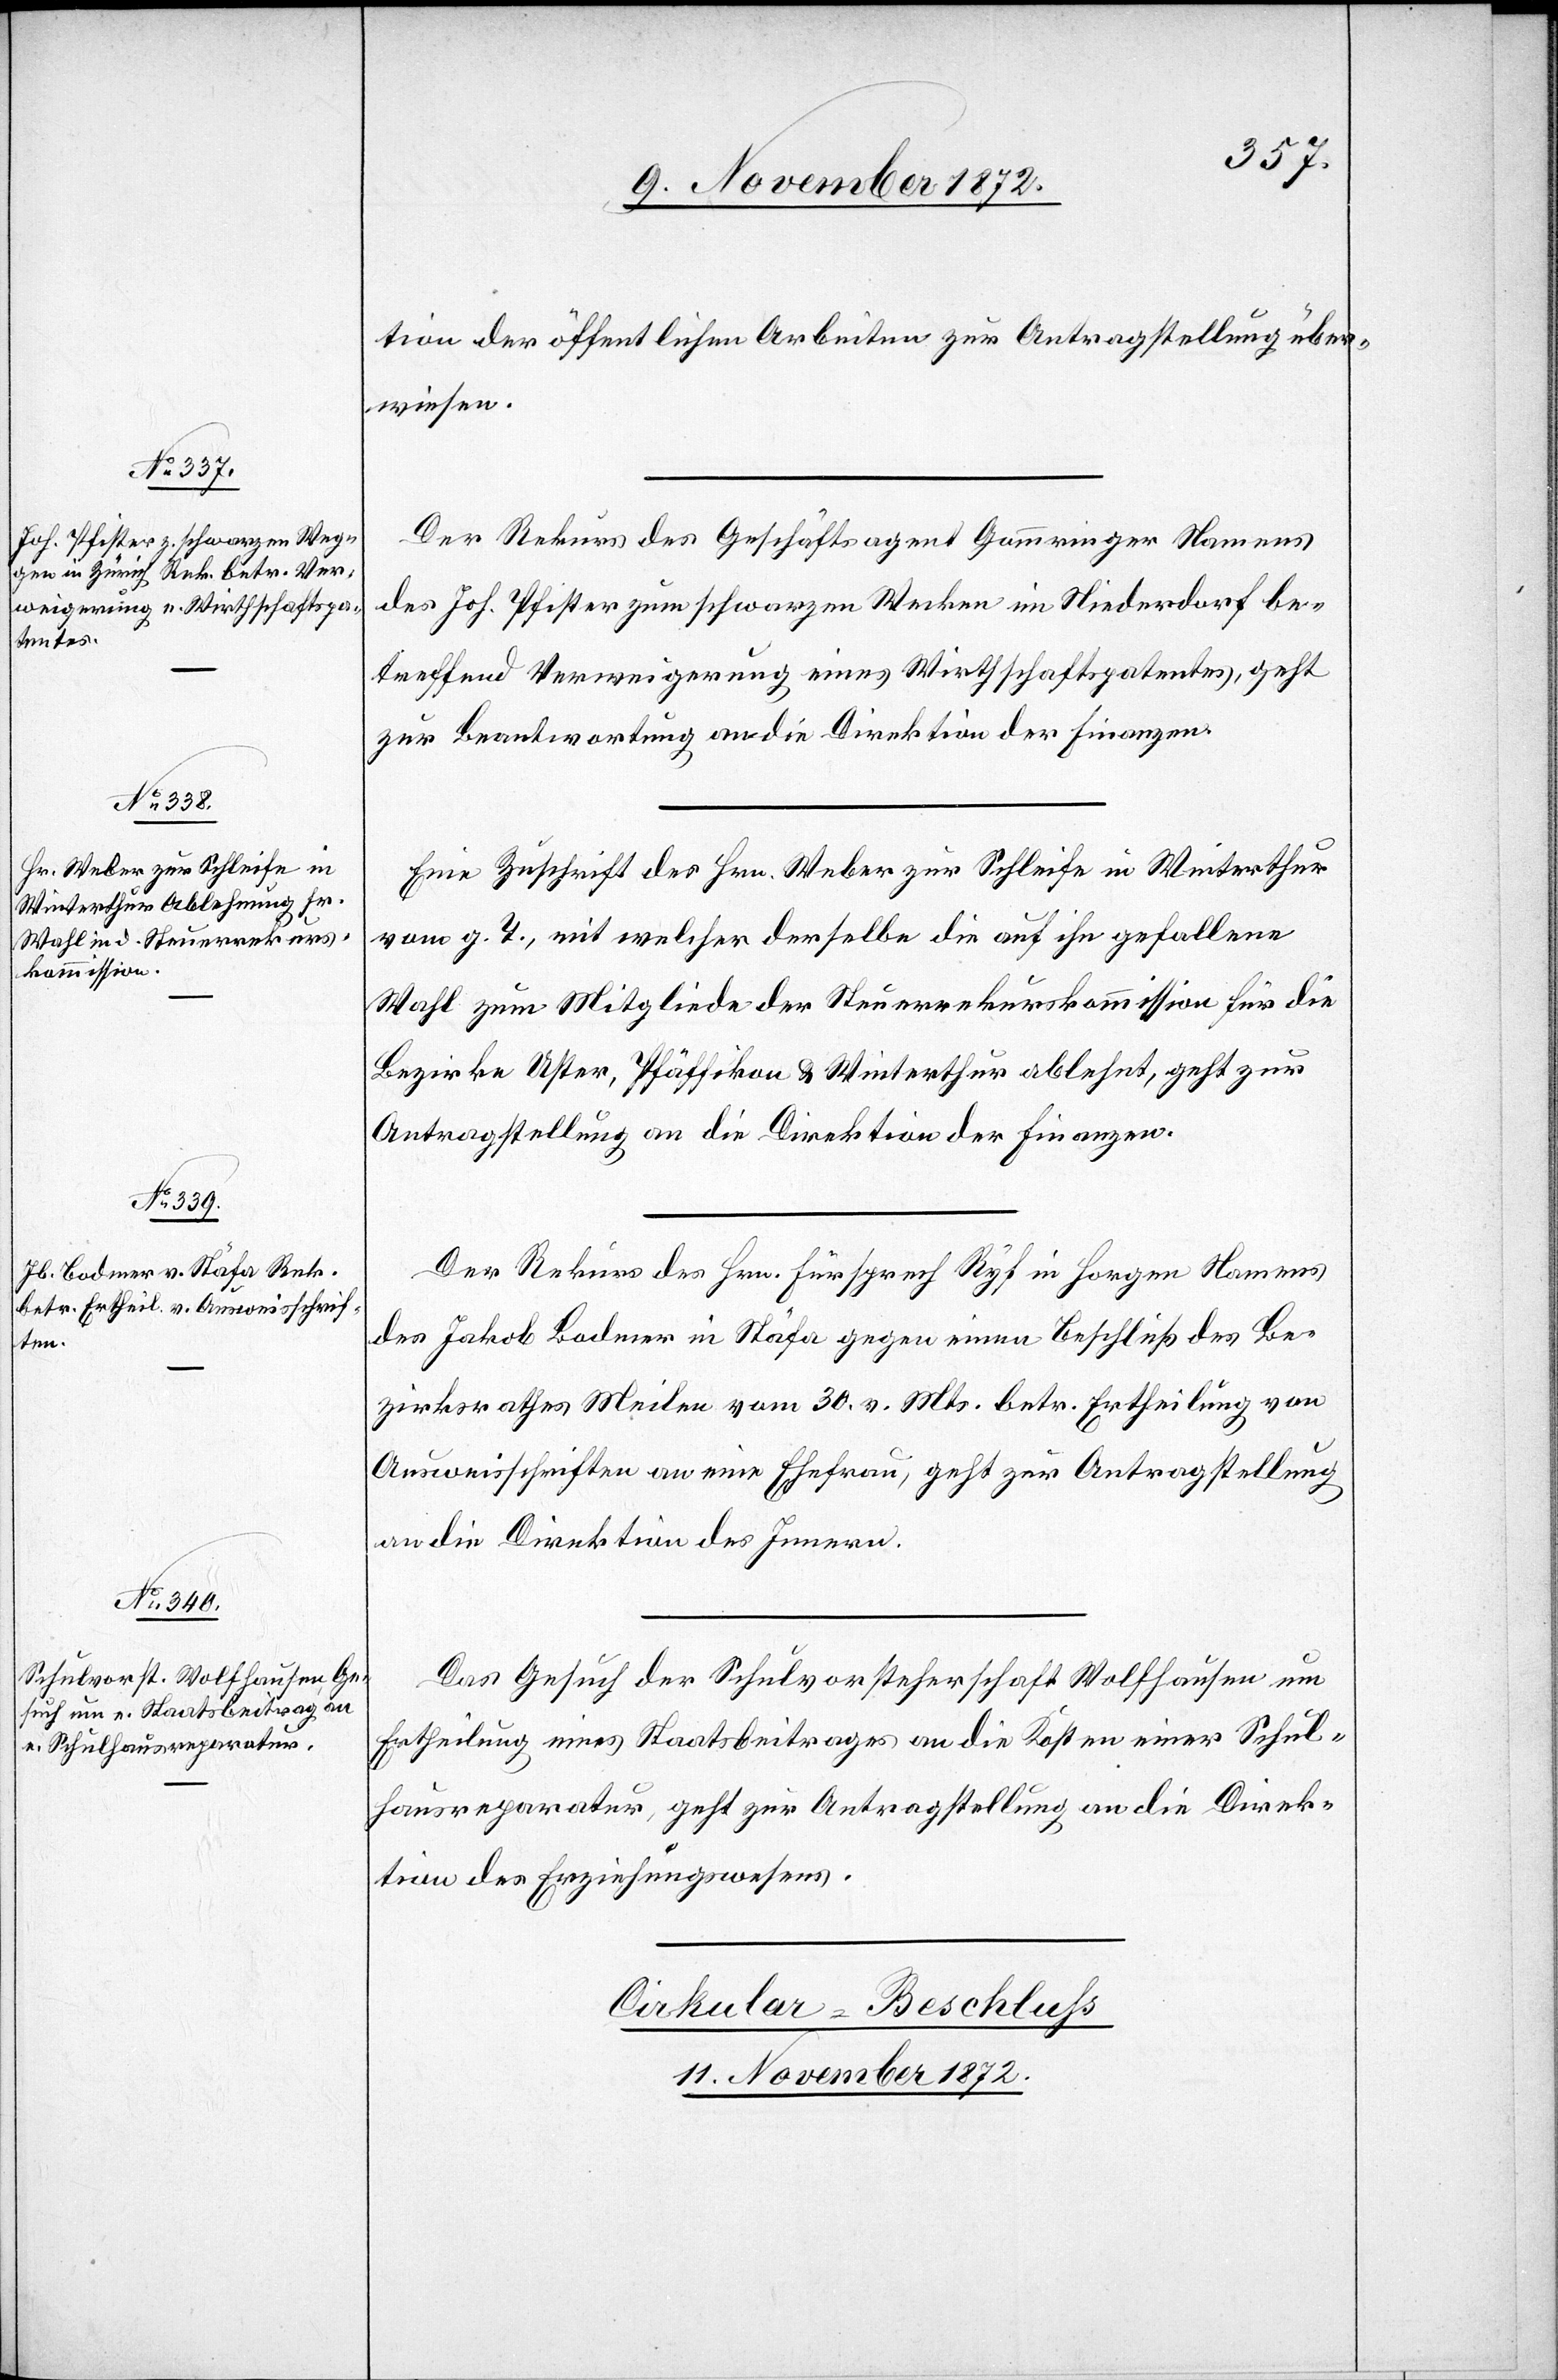
tion der öffentlichen Arbeiten zur Antragstellung über¬
wiesen.
Der Rekurs des Geschäftsagent Gammringer Namens
des Joh. Pfister zum schwarzen Wecken [sic!] im Niederdorf be¬
treffend Verweigerung eines Wirthschaftspatentes, geht
zur Beantwortung an die Direktion der Finanzen.
Eine Zuschrift des Hrn. Weber zur Schleife in Winterthur
vom g. T., mit welcher derselbe die auf ihn gefallene
Wahl zum Mitgliede der Steuerrekurskommission für die
Bezirke Uster, Pfäffikon u. Winterthur ablehnt, geht zur
Antragstellung an die Direktion der Finanzen.
Der Rekurs des Hrn. Fürsprech Ryf in Horgen Namens
des Jakob Bodmer in Stäfa gegen einen Beschluß des Be¬
zirksrathes Meilen vom 30. v. Mts. betr. Ertheilung von
Ausweisschriften an seine Ehefrau, geht zur Antragstellung
an die Direktion des Innern.
Das Gesuch der Schulvorsteherschaft Wolfhausen um
Ertheilung eines Staatsbeitrages an die Kosten einer Schul¬
hausreparatur, geht zur Antragstellung an die Direk¬
tion des Erziehungswesens.
11. November 1872.]